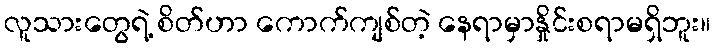
လူသားတွေရဲ့ စိတ်ဟာ ကောက်ကျစ်တဲ့ နေရာမှာနှိုင်းစရာမရှိဘူး။